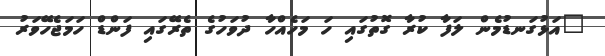
"އަޅުގަނޑުމެން ލަފާ ކުރާ ގޮތުގައި ހަ މަހެއްހާ ދުވަހުގެ ތެރޭގައި ފަންޑް ހަމަޖެހޭވަރު